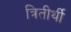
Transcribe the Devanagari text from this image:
त्रितीर्थी